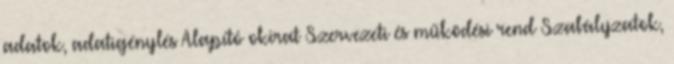
adatok, adatigénylés Alapító okirat Szervezeti és működési rend Szabályzatok,